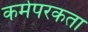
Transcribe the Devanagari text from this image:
कर्मपरकता